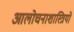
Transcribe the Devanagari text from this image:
आलोचनाशास्त्रियों